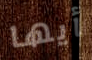
أيها